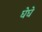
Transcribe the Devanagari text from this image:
घेघे